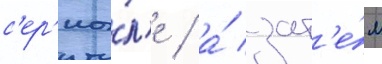
с'ер'иа́л'е / а́ зат'е́м